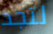
لتجد